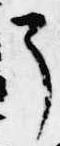
了